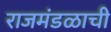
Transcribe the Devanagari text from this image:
राजमंडळाची